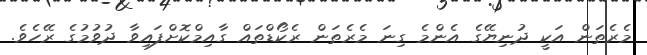
މެރެތަން އަކީ ދުނިޔޭގެ އެންމެ ގިނަ މެރެތަން ރެކޯޑްތައް ގާއިމްކޮށްފައިވާ ދުވުމުގެ ރޭހެވެ.